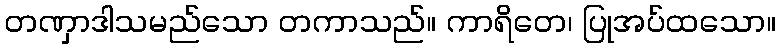
တဏှာဒါသမည်သော တကာသည်။ ကာရိတေ၊ ပြုအပ်ထသော။